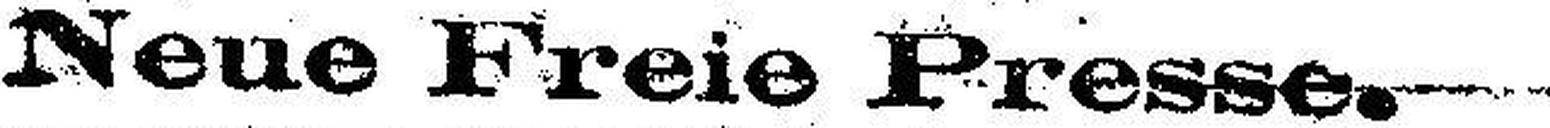
Neue Freie Presse.